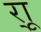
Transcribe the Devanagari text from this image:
र्‍ाू